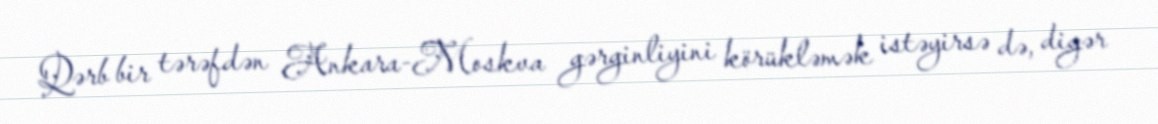
Qərb bir tərəfdən Ankara-Moskva gərginliyini körükləmək istəyirsə də, digər